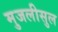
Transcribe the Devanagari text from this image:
मुजलीसुल